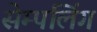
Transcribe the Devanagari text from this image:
सेम्पलिंग